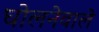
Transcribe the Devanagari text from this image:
घोलनेवाले